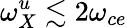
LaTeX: \omega_{X}^{u}\lesssim 2\omega_{ce}